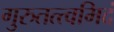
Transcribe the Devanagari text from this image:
गुरुतत्त्वमिदं